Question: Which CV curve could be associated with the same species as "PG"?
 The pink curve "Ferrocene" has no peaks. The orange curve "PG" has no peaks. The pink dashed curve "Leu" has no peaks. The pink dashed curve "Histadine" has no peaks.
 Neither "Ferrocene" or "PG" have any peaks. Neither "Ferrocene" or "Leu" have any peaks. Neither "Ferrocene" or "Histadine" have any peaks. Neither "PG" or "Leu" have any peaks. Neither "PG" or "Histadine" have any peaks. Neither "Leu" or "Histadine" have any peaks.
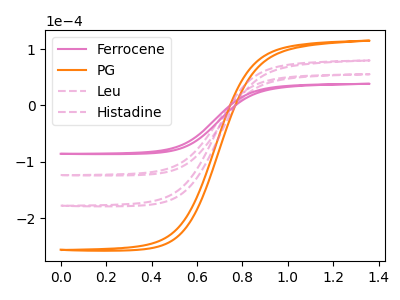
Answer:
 <answer>"PG", "Leu" and "Histadine" have a similar shape to "Ferrocene".</answer>
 <eval>"PG" "Leu" "Histadine"</eval>